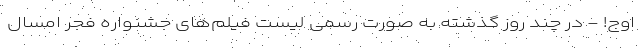
اوج! - در چند روز گذشته به صورت رسمی لیست فیلم‌های جشنواره فجر امسال